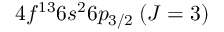
4 f ^ { 1 3 } 6 s ^ { 2 } 6 p _ { 3 / 2 } \: ( J = 3 )